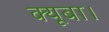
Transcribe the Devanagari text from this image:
क्यूबा।